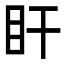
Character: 盰